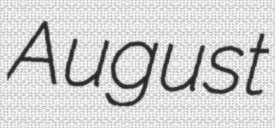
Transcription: August